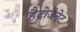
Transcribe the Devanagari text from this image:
हैद्रोजेनेट